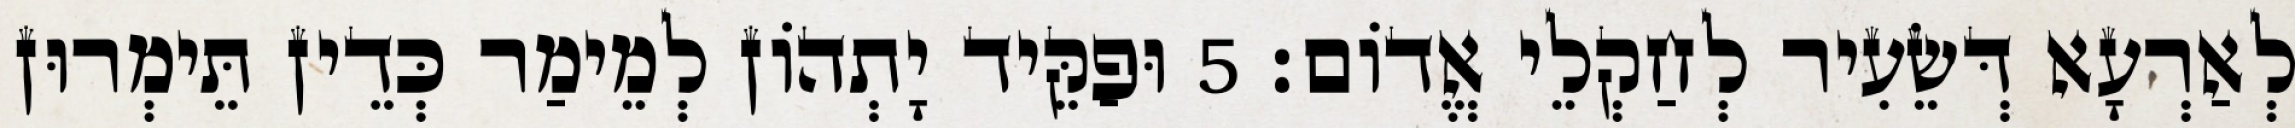
לְאַרְעָא דְּשֵׂעִיר לְחַקְלֵי אֱדוֹם׃ 5 וּפַקֵּיד יָתְהוֹן לְמֵימַר כְּדֵין תֵּימְרוּן